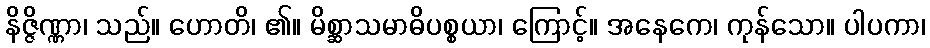
နိဇ္ဇိဏ္ဏာ၊ သည်။ ဟောတိ၊ ၏။ မိစ္ဆာသမာဓိပစ္စယာ၊ ကြောင့်။ အနေကေ၊ ကုန်သော။ ပါပကာ၊